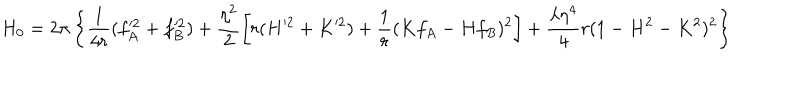
LaTeX: H _ { 0 } = 2 \pi \left\{ \frac { 1 } { 4 r } ( f _ { A } ^ { \prime 2 } + f _ { B } ^ { \prime 2 } ) + \frac { \eta ^ { 2 } } { 2 } \left[ r ( H ^ { \prime 2 } + K ^ { \prime 2 } ) + \frac { 1 } { r } ( K f _ { A } - H f _ { B } ) ^ { 2 } \right] + \frac { \lambda \eta ^ { 4 } } { 4 } r ( 1 - H ^ { 2 } - K ^ { 2 } ) ^ { 2 } \right\}